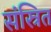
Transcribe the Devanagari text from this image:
संस्रित